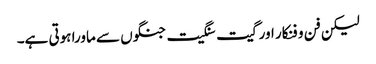
لیکن فن و فنکار اور گیت سنگیت جنگوں سے ماورا ہوتی ہے۔